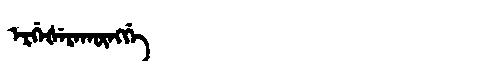
Manchu: ᡝᡵᡤᡝᡧᡝᡵᠠᡴᡡᠩᡤᡝ
Romanization: ERGEŠERAKŪNGGE